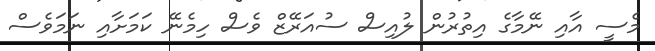
މެސީ އާއި ނޭމާގެ އިތުރުން ލުއިސް ސުއަރޭޒް ވެސް ހިމެނޭ ކަމަށާއި ނަމަވެސް